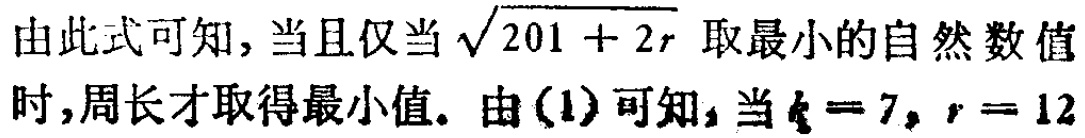
由此式可知, 当且仅当\(\sqrt{201 + 2r}\)取最小的自然数值时, 周长才取得最小值. 由(1)可知, 当\(k = 7\), \(r = 12\)